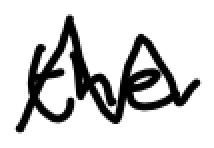
Text: the
Cross-out: zig-zag
Writing tool: digital_black